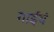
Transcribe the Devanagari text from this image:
गाईंचं